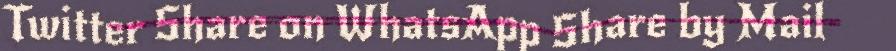
Twitter Share on WhatsApp Share by Mail